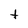
Character: t